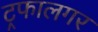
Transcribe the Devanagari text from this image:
ट्रफालगर